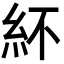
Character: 紑